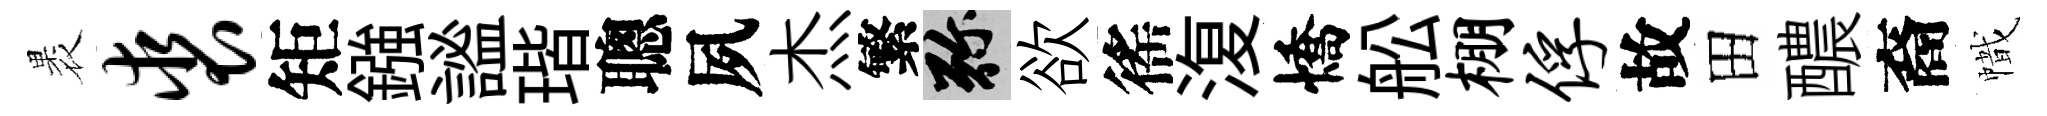
褁裘矩鏹謐瑎聰夙杰繁弥欲徭𣸪憍舩棚俘故田醲裔幟